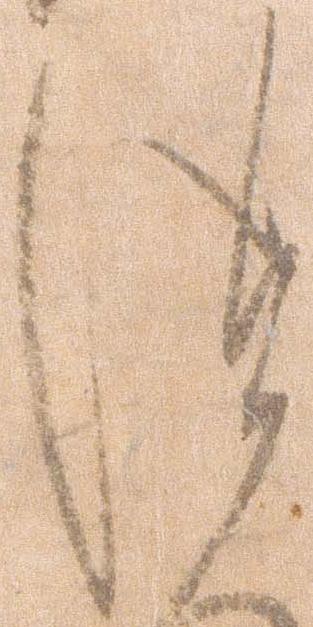
つ